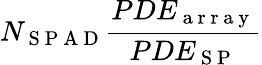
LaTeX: N_{\mathrm{~S~P~A~D~}}\frac{PDE_{\mathrm{~a~r~r~a~y~}}}{PDE_{\mathrm{~S~P~}}}